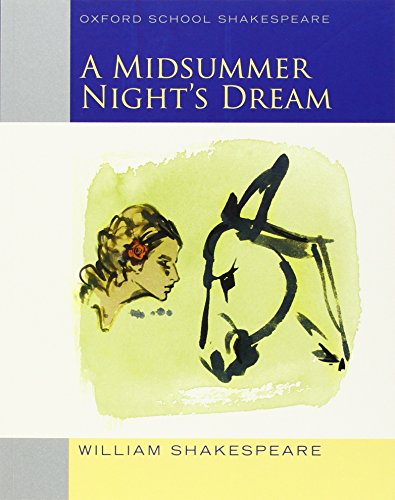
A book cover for Midsummer Night's Dream: Oxford School Shakespeare (Oxford School Shakespeare Series); William Shakespeare; Literature & Fiction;